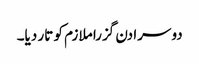
دوسرا دن گزرا ملازم کو تار دیا۔